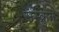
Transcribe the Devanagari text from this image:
संस्क्रुत